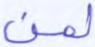
لمن